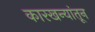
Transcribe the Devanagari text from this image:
कारखन्यांतून